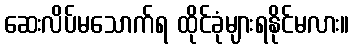
ဆေးလိပ်မသောက်ရ ထိုင်ခုံများရနိုင်မလား။